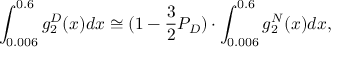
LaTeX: \int _ { 0 . 0 0 6 } ^ { 0 . 6 } g _ { 2 } ^ { D } ( x ) d x \cong ( 1 - \frac { 3 } { 2 } { \cal P } _ { D } ) \cdot \int _ { 0 . 0 0 6 } ^ { 0 . 6 } g _ { 2 } ^ { N } ( x ) d x ,